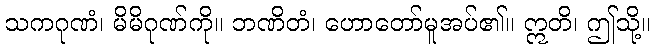
သကဂုဏံ၊ မိမိဂုဏ်ကို။ ဘဏိတံ၊ ဟောတော်မူအပ်၏။ ဣတိ၊ ဤသို့။